Vaccination returns of the Province of Eastern Bengal and Assam - 1905-1912
Year: 1905
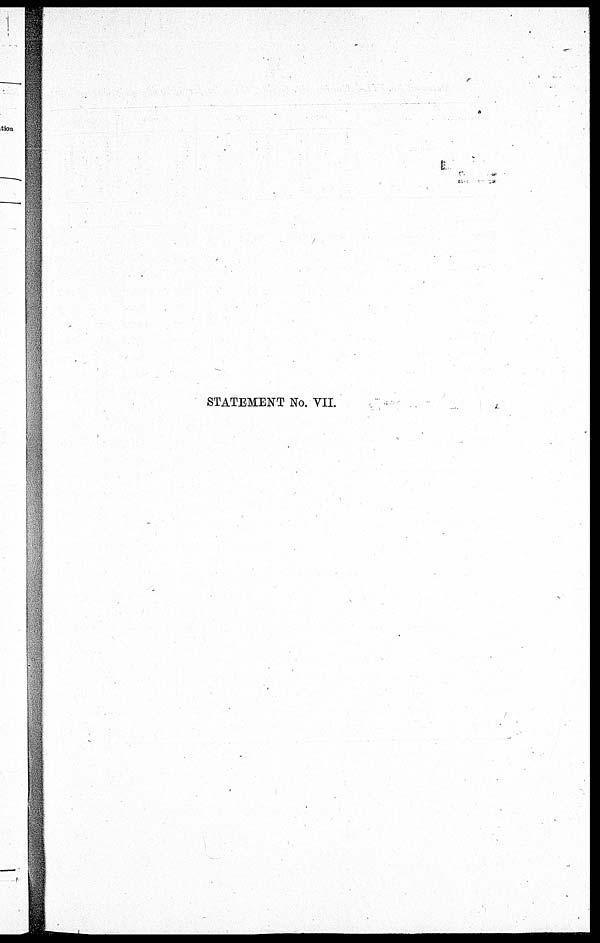
STATEMENT No. VII.